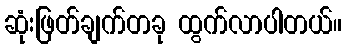
ဆုံးဖြတ်ချက်တခု ထွက်လာပါတယ်။